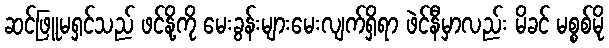
ဆင်ဖြူမရှင်သည် ဖင်နို့ကို မေးခွန်းများမေးလျက်ရှိရာ ဖဲင်နီမှာလည်း မိခင် မစ္စစ်မို